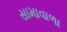
સામાવાળા